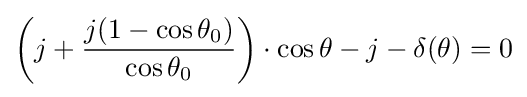
\left(j+{\frac {j(1-\cos \theta _{0})}{\cos \theta _{0}}}\right)\cdot \cos \theta -j-\delta (\theta )=0